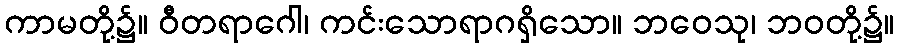
ကာမတို့၌။ ဝီတရာဂေါ၊ ကင်းသောရာဂရှိသော။ ဘဝေသု၊ ဘဝတို့၌။